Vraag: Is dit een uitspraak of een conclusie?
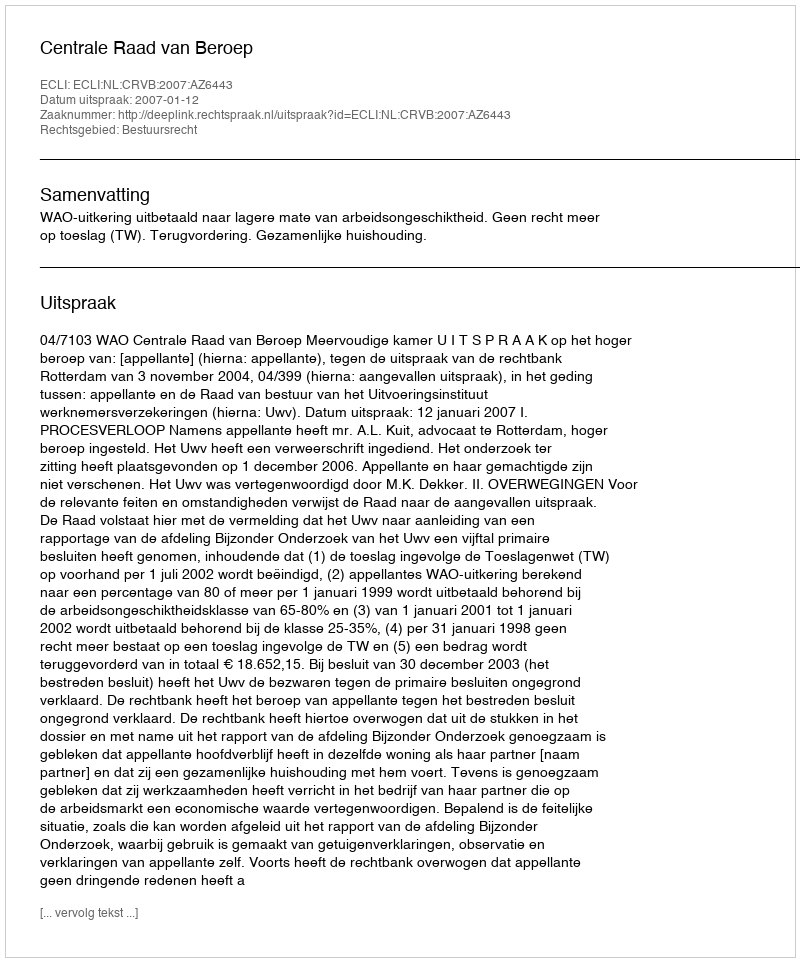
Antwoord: Uitspraak